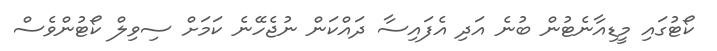
ކޯޓުގައި މީޑިއާނެޓުން ބުނެ އަދި އެފައިސާ ދައްކަން ނުޖެހޭނެ ކަމަށް ސިވިލް ކޯޓުންވެސް